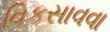
વિકસાવવા